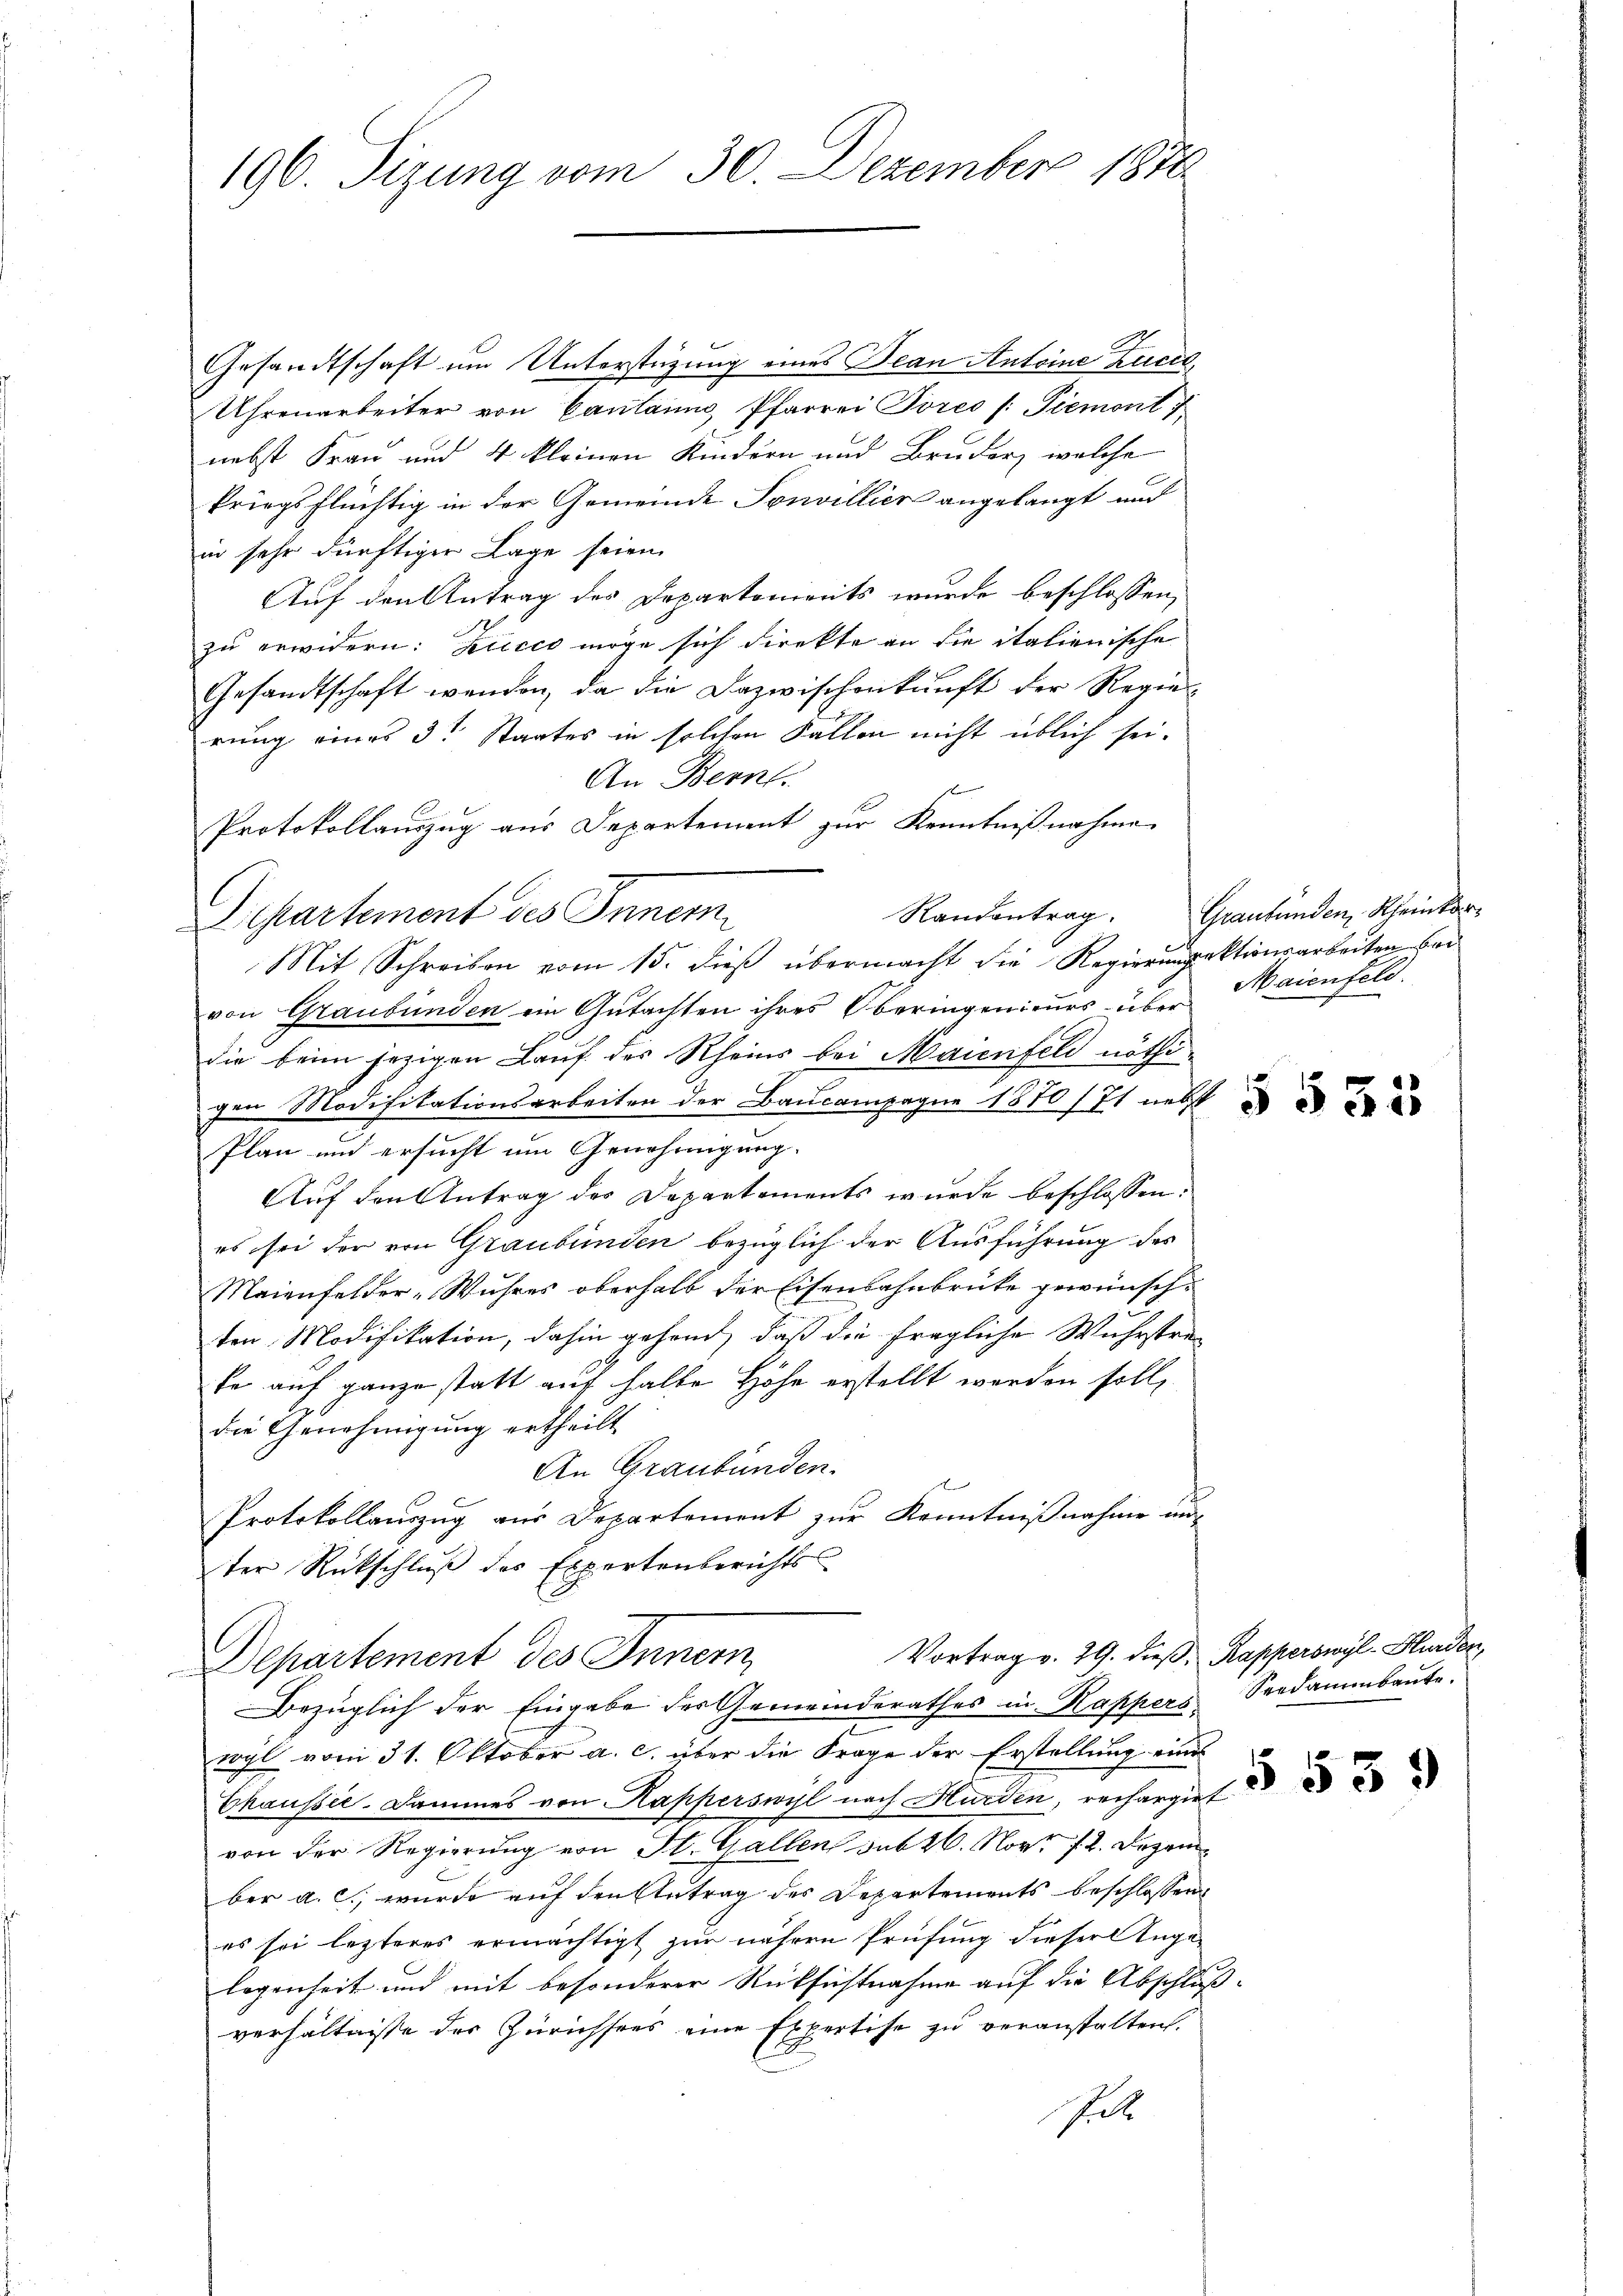
196. Sizung vom 30. Dezember 1810.

Gesandtschaft um Unterstützung eines Bean Antoine Zucil,
Uhrenarbeiter von Cantanna Pfarrer Tores /: Piemont
nebst Frau und 4 kleinen Kindern und Bruder, welche
kriegsflüchtig in der Gemeinde Sonvillier angelangt und
in sehr dürftiger Lage seien.
Auf den Antrag der Departements wurde beschlossen,
zu erwidern: Zucco möge sich direkte an die italienische
Gesandtschaft wenden, da die Dazwischenkunft der Regie-
rung eines 3 Staates in solchen Fallen nicht üblich sei.
An Bern.
s
Protokollauszug aus Departement zur Kenntnißnahme
Randantrag.
L. Cartement des Innern
Mit Schreiben vom 15. dieß übermacht die Regierungsektionsarbeiten bei
von Graubünden ein Gutachten ihres Oberingenieurs über
die beim jezigen Lauf des Rheins bei Maienfeld nöthigen Modifikationsarbeiten der Baucampagne 1870/71 nebst d
Plan und ersucht um Genehmigung.
Auf den Antrag des Departements wurde beschlossen:
es sei der von Graubünden bezüglich der Ausführung des
Maienfelder-Wuhres oberhalb der Eisenbahnbrücke gewünsch-
ten Modifikation, dahin gehend, daß die fragliche Wahrstrase auf ganze statt auf halte Höhe erstellt werden soll,
die Genehmigung ertheilt
An Graubünden.
Protokollauzug aus Departement zur Kenntnißnahme un
ter Rückschlŭβ des Expertenberichts
Vortrag v. 29. dieß, Rapperswyl-Hurden,
Departement des Innern
Bezüglich der Eingabe der Gemeinderathes in Kappers Seedammbaute.
wyl vom 31. Oktober a. c. über die Frage der Erstellung eines
Chaussie. Dammes von Kapperswyl nach Hurden, rechargiet
von der Regierung von St. Gallen sub 26. Nov. 12. Dezember a. c., wurde auf den Antrag des Departements beschlossen
es sei lezteres ermächtigt zur nähern Prüfung dieser Angelegenheit und mit besonderer Rücksichtnahme auf die Abschluß
verhältnisse der Zürichsees eine Expertise zu veranstalten.
t

l

Graubünden, Kleinkor¬
Maienfeld.

.

§ 539